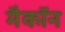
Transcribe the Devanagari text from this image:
मैकॉन